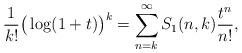
LaTeX: \begin{align*}\frac{1}{k!} \big( \log(1+t)\big)^k = \sum_{n=k}^\infty S_1(n,k) \frac{t^n}{n!},\end{align*}